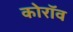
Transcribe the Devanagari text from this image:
कोरॉव